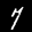
Label: 7